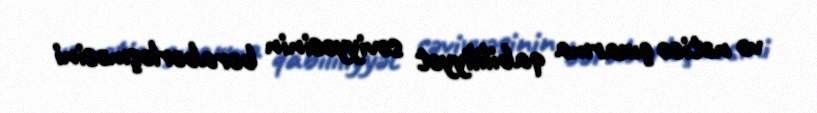
və nəticə çıxarma qabililiyyət səviyyəsinin bərabərləşməsini